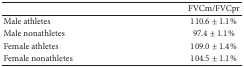
<table><thead><tr><td><b> </b></td><td><b>FVCm/FVCpr</b></td></tr></thead><tbody><tr><td>Male athletes </td><td>110.6 ± 1.1%</td></tr><tr><td>Male nonathletes </td><td>97.4 ± 1.1%</td></tr><tr><td>Female athletes </td><td>109.0 ± 1.4%</td></tr><tr><td>Female nonathletes </td><td>104.5 ± 1.1%</td></tr></tbody></table>